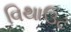
વિથાઉટ